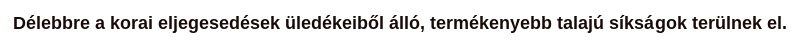
Délebbre a korai eljegesedések üledékeiből álló, termékenyebb talajú síkságok terülnek el.